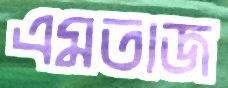
এমতাজ